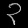
Digit: ၃